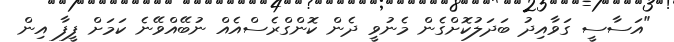
"އަސާސީ ގަވާއިދު ބަދަލުކޮށްގެން މެނުވީ ދެން ކޮންގްރެސްއެއް ނުބޭއްވޭނެ ކަމަށް ފީފާ އިން